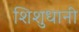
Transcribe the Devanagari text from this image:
शिशुधानी